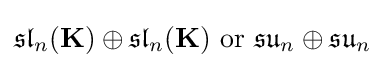
{\mathfrak {sl}}_{n}(\mathbf {K} )\oplus {\mathfrak {sl}}_{n}(\mathbf {K} ){\text{ or }}{\mathfrak {su}}_{n}\oplus {\mathfrak {su}}_{n}